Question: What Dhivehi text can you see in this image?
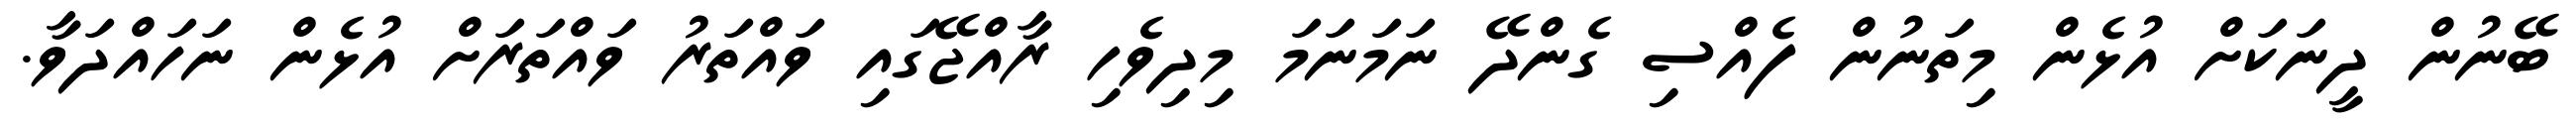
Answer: ބޭނުން ދީނަކަށް އުޅެން މިތަނުން ފެއްސި ގެންދޭ ނަމަނަމަ މިދިވެހި ރާއްޖޭގައި ވައްތަރު ވައްތަރަށް އުޅެން ނަހައްދަވާ.